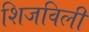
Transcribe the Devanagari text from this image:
शिजविली